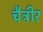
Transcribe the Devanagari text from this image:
चैत्रीर